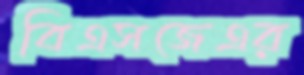
বিএসজেএর